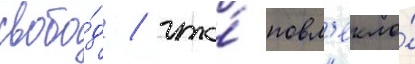
свобо́д / что́ повл'екло́